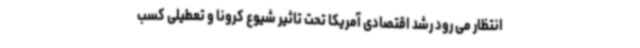
انتظار می رود رشد اقتصادی آمریکا تحت تاثیر شیوع کرونا و تعطیلی کسب